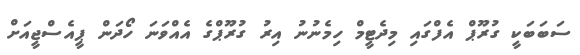
ސަބަބަކީ ގުރޫޕް އެފްގައި މިދެޓީމް ހިމެނުނު އިރު ގުރޫޕްގެ އެއްވަނަ ހޯދަން ޕީއެސްޖީއަށް